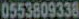
0553809338